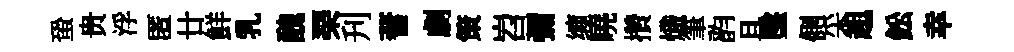
蛩贵浮匿廿鮮乳醜琹刋蓍劇策岧彌缠曉攢熾筆韵旦墜側采趄鈆幸